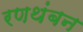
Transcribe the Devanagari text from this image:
रणथंबन